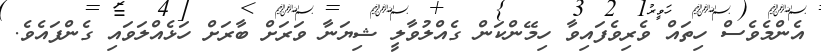
އެންމެވެސް ހިތައް ވެރިވެފައިވާ ހިމޭންކަން ގެއްލުވާލީ ޝިޔަނާ ވަރަށް ބާރަށް ހަޅެއްލަވައި ގެންފައެވެ.